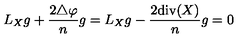
L _ { X } g + { \frac { 2 \triangle \varphi } { n } } g = L _ { X } g - { \frac { 2 \mathrm { d i v } ( X ) } { n } } g = 0